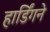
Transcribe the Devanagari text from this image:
हार्डिंगने